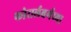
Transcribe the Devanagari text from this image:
फोरार्लबर्गच्या